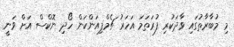
މި މުބާރާތުގައި ވާދަކުރި ފުރަތަމަ އަހަރު ޗެމްޕިއަންކަން ހޯދި ނޮކްސް އަށް ވަނީ